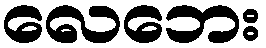
လေဘေး